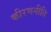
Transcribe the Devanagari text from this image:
कीरणनीति